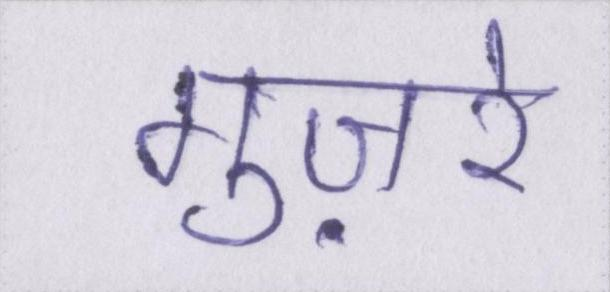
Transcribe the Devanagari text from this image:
गुज़रे